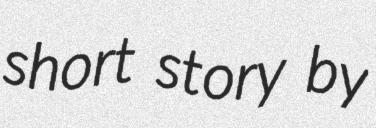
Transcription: short story by